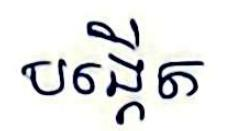
បង្កើត